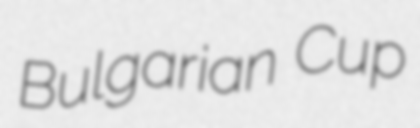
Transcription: Bulgarian Cup